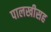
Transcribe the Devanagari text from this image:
पालखीसह